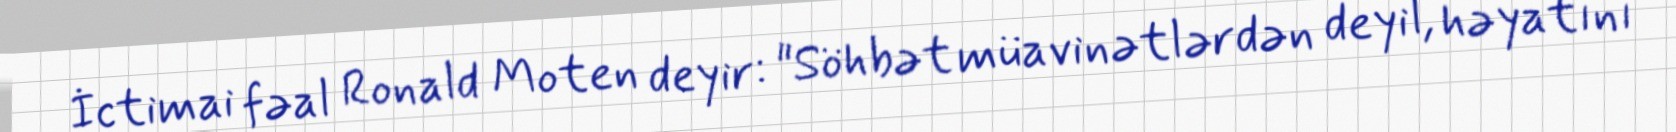
İctimai fəal Ronald Moten deyir: "Söhbət müavinətlərdən deyil, həyatını